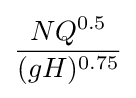
{\frac {NQ^{0.5}}{(gH)^{0.75}}}